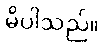
မိပါသည်။